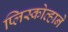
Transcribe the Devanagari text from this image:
प्लिस्कोव्हाने